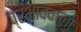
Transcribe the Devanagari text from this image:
प्रभाववाला